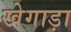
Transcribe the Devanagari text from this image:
खेगाड़ा